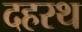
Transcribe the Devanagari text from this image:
दहरथ